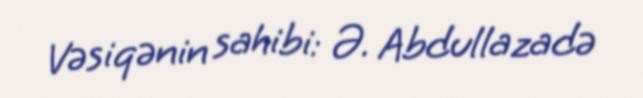
Vəsiqənin sahibi: Ə. Abdullazadə